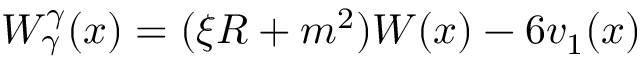
W _ { \gamma } ^ { \gamma } ( x ) = ( \xi R + m ^ { 2 } ) W ( x ) - 6 v _ { 1 } ( x )